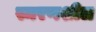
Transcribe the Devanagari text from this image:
स्मरणशील